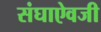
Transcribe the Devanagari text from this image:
संघाऐवजी